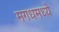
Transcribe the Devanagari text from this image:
मगधमध्ये